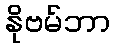
နိုဗမ်ဘာ